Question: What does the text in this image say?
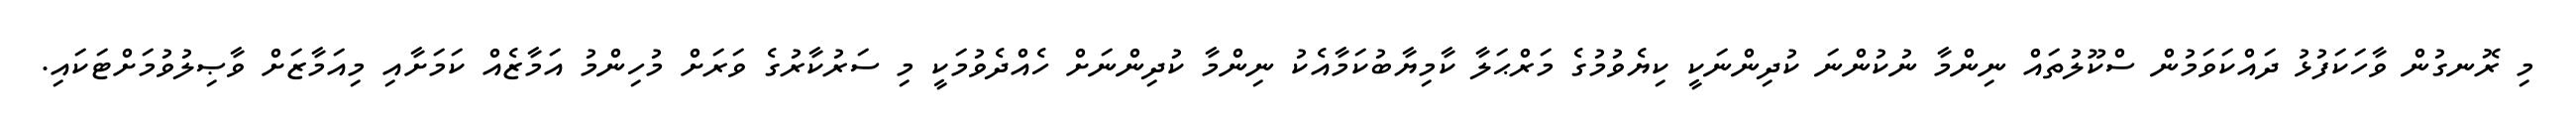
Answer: މި ރޮނގުން ވާހަކަފުޅު ދައްކަވަމުން ސްކޫލުތައް ނިންމާ ނުކުންނަ ކުދިންނަކީ ކިޔެވުމުގެ މަރްޙަލާ ކާމިޔާބުކަމާއެކު ނިންމާ ކުދިންނަށް ހެއްދެވުމަކީ މި ސަރުކާރުގެ ވަރަށް މުހިންމު އަމާޒެއް ކަމަށާއި މިއަމާޒަށް ވާޞިލުވުމަށްޓަކައި.